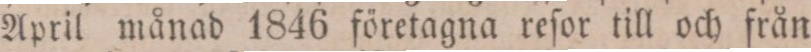
April månad 1846 företagna reſor till och från